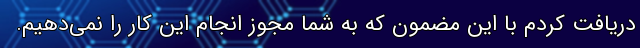
دریافت کردم با این مضمون که به شما مجوز انجام این کار را نمی‌دهیم.